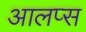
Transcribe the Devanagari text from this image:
आलप्स